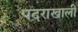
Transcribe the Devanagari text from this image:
पदराखाली